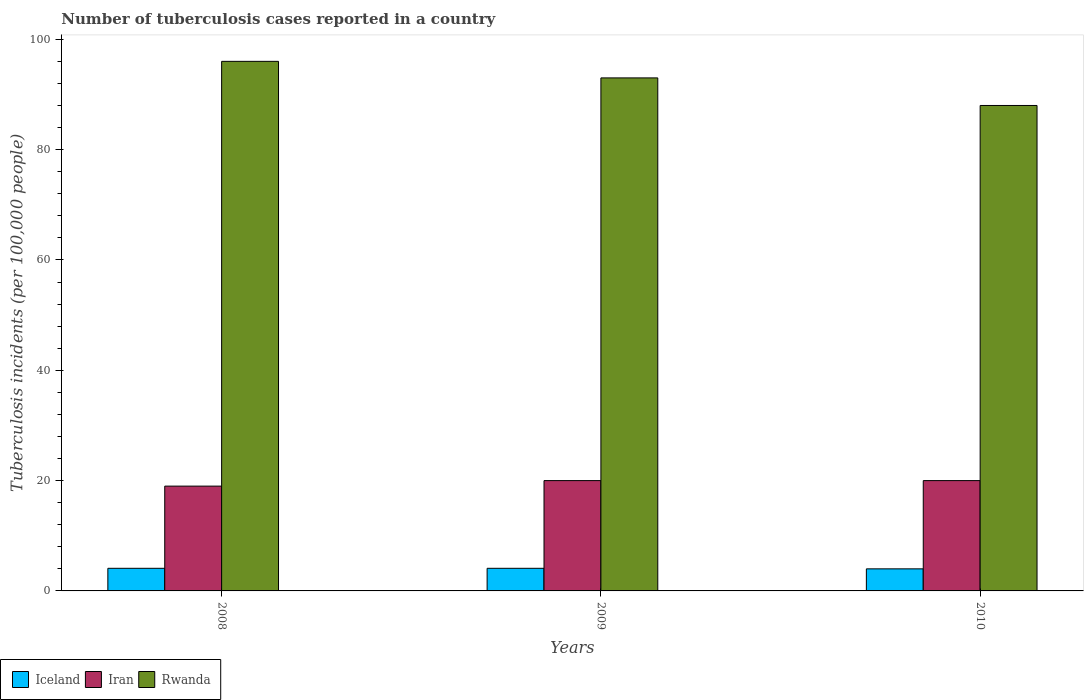
| Years | Iceland | Iran | Rwanda |
 | --- | --- | --- | --- |
 | 2008 | 4.1 | 19 | 96 |
 | 2009 | 4.1 | 20 | 93 |
 | 2010 | 4 | 20 | 88 |